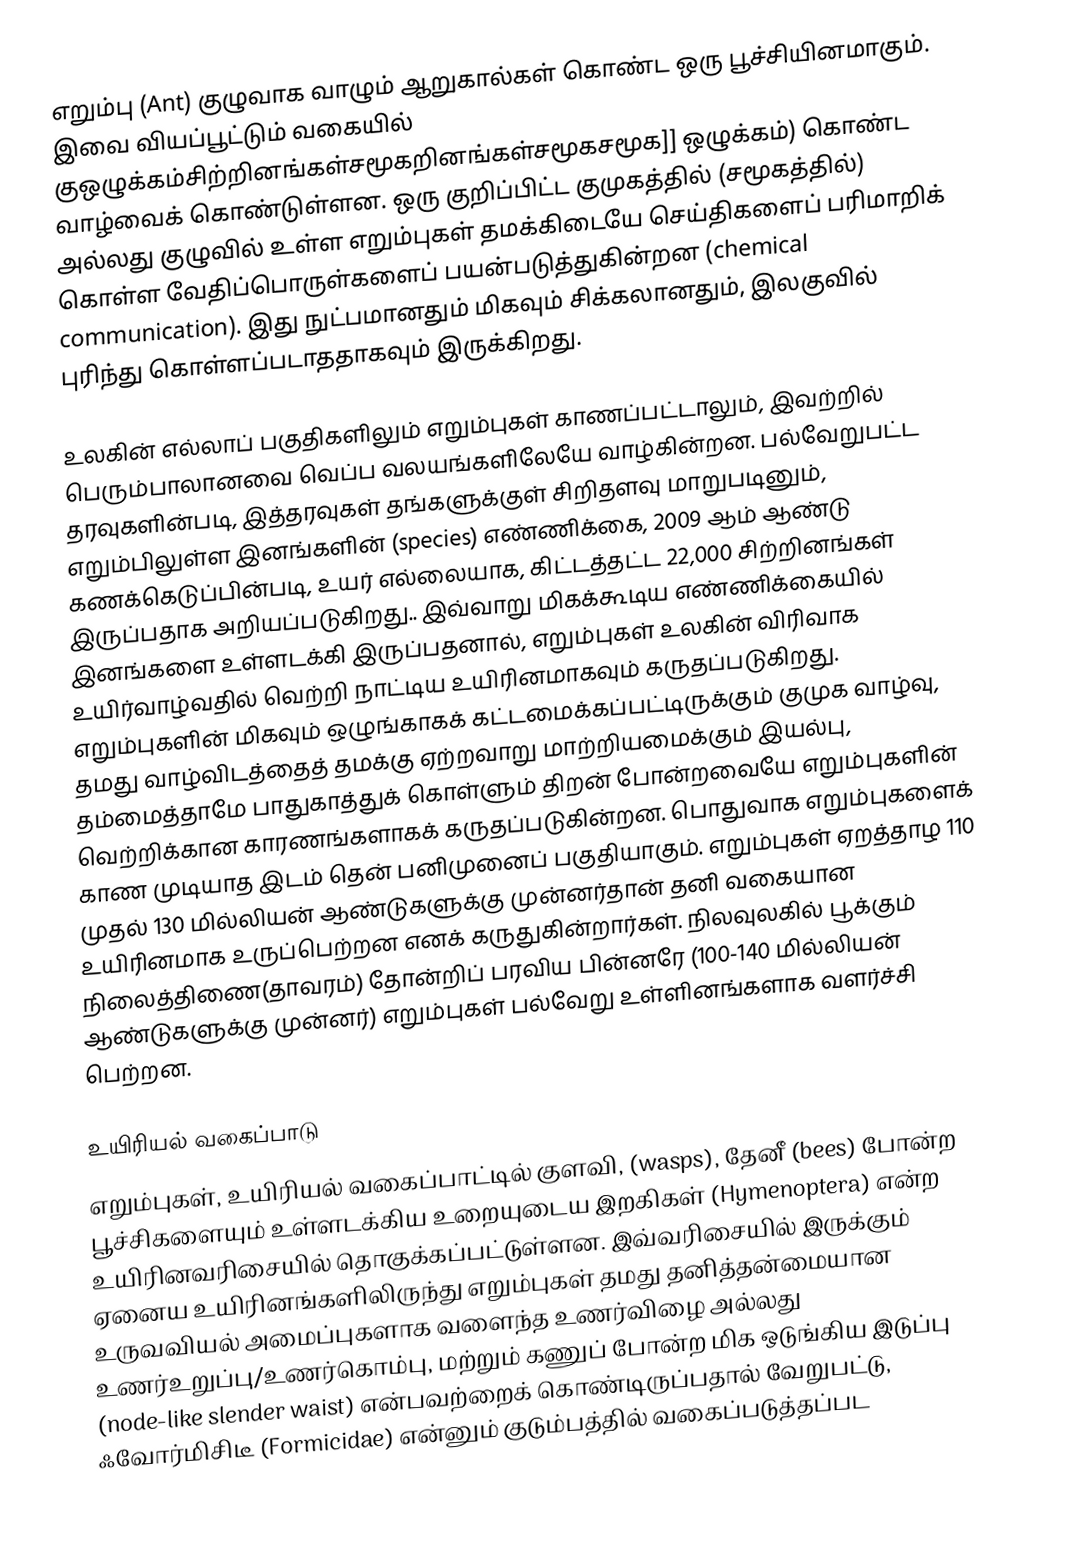
எறும்பு (Ant) குழுவாக வாழும் ஆறுகால்கள் கொண்ட ஒரு பூச்சியினமாகும். இவை வியப்பூட்டும் வகையில் குஒழுக்கம்சிற்றினங்கள்சமூகறினங்கள்சமூகசமூக]] ஒழுக்கம்) கொண்ட வாழ்வைக் கொண்டுள்ளன. ஒரு குறிப்பிட்ட குமுகத்தில் (சமூகத்தில்) அல்லது குழுவில் உள்ள எறும்புகள் தமக்கிடையே செய்திகளைப் பரிமாறிக் கொள்ள வேதிப்பொருள்களைப் பயன்படுத்துகின்றன (chemical communication). இது நுட்பமானதும் மிகவும் சிக்கலானதும், இலகுவில் புரிந்து கொள்ளப்படாததாகவும் இருக்கிறது.

உலகின் எல்லாப் பகுதிகளிலும் எறும்புகள் காணப்பட்டாலும், இவற்றில் பெரும்பாலானவை வெப்ப வலயங்களிலேயே வாழ்கின்றன. பல்வேறுபட்ட தரவுகளின்படி, இத்தரவுகள் தங்களுக்குள் சிறிதளவு மாறுபடினும், எறும்பிலுள்ள இனங்களின் (species) எண்ணிக்கை, 2009 ஆம் ஆண்டு கணக்கெடுப்பின்படி, உயர் எல்லையாக, கிட்டத்தட்ட 22,000 சிற்றினங்கள் இருப்பதாக அறியப்படுகிறது.. இவ்வாறு மிகக்கூடிய எண்ணிக்கையில் இனங்களை உள்ளடக்கி இருப்பதனால், எறும்புகள் உலகின் விரிவாக உயிர்வாழ்வதில் வெற்றி நாட்டிய உயிரினமாகவும் கருதப்படுகிறது. எறும்புகளின் மிகவும் ஒழுங்காகக் கட்டமைக்கப்பட்டிருக்கும் குமுக வாழ்வு, தமது வாழ்விடத்தைத் தமக்கு ஏற்றவாறு மாற்றியமைக்கும் இயல்பு, தம்மைத்தாமே பாதுகாத்துக் கொள்ளும் திறன் போன்றவையே எறும்புகளின் வெற்றிக்கான காரணங்களாகக் கருதப்படுகின்றன. பொதுவாக எறும்புகளைக் காண முடியாத இடம் தென் பனிமுனைப் பகுதியாகும். எறும்புகள் ஏறத்தாழ 110 முதல் 130 மில்லியன் ஆண்டுகளுக்கு முன்னர்தான் தனி வகையான உயிரினமாக உருப்பெற்றன எனக் கருதுகின்றார்கள். நிலவுலகில் பூக்கும் நிலைத்திணை(தாவரம்) தோன்றிப் பரவிய பின்னரே (100-140 மில்லியன் ஆண்டுகளுக்கு முன்னர்) எறும்புகள் பல்வேறு உள்ளினங்களாக வளர்ச்சி பெற்றன.

உயிரியல் வகைப்பாடு
எறும்புகள், உயிரியல் வகைப்பாட்டில் குளவி, (wasps), தேனீ (bees) போன்ற பூச்சிகளையும் உள்ளடக்கிய உறையுடைய இறகிகள் (Hymenoptera) என்ற உயிரினவரிசையில் தொகுக்கப்பட்டுள்ளன. இவ்வரிசையில் இருக்கும் ஏனைய உயிரினங்களிலிருந்து எறும்புகள் தமது தனித்தன்மையான உருவவியல் அமைப்புகளாக வளைந்த உணர்விழை அல்லது உணர்உறுப்பு/உணர்கொம்பு, மற்றும் கணுப் போன்ற மிக ஒடுங்கிய இடுப்பு (node-like slender waist) என்பவற்றைக் கொண்டிருப்பதால் வேறுபட்டு, ஃவோர்மிசிடீ (Formicidae) என்னும் குடும்பத்தில் வகைப்படுத்தப்பட